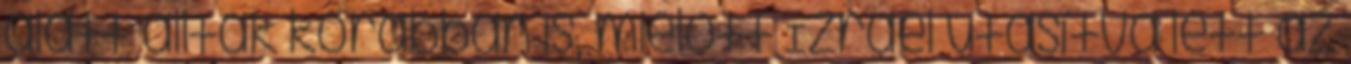
alatt álltak korábban is, mielőtt Izrael utasítva lett az